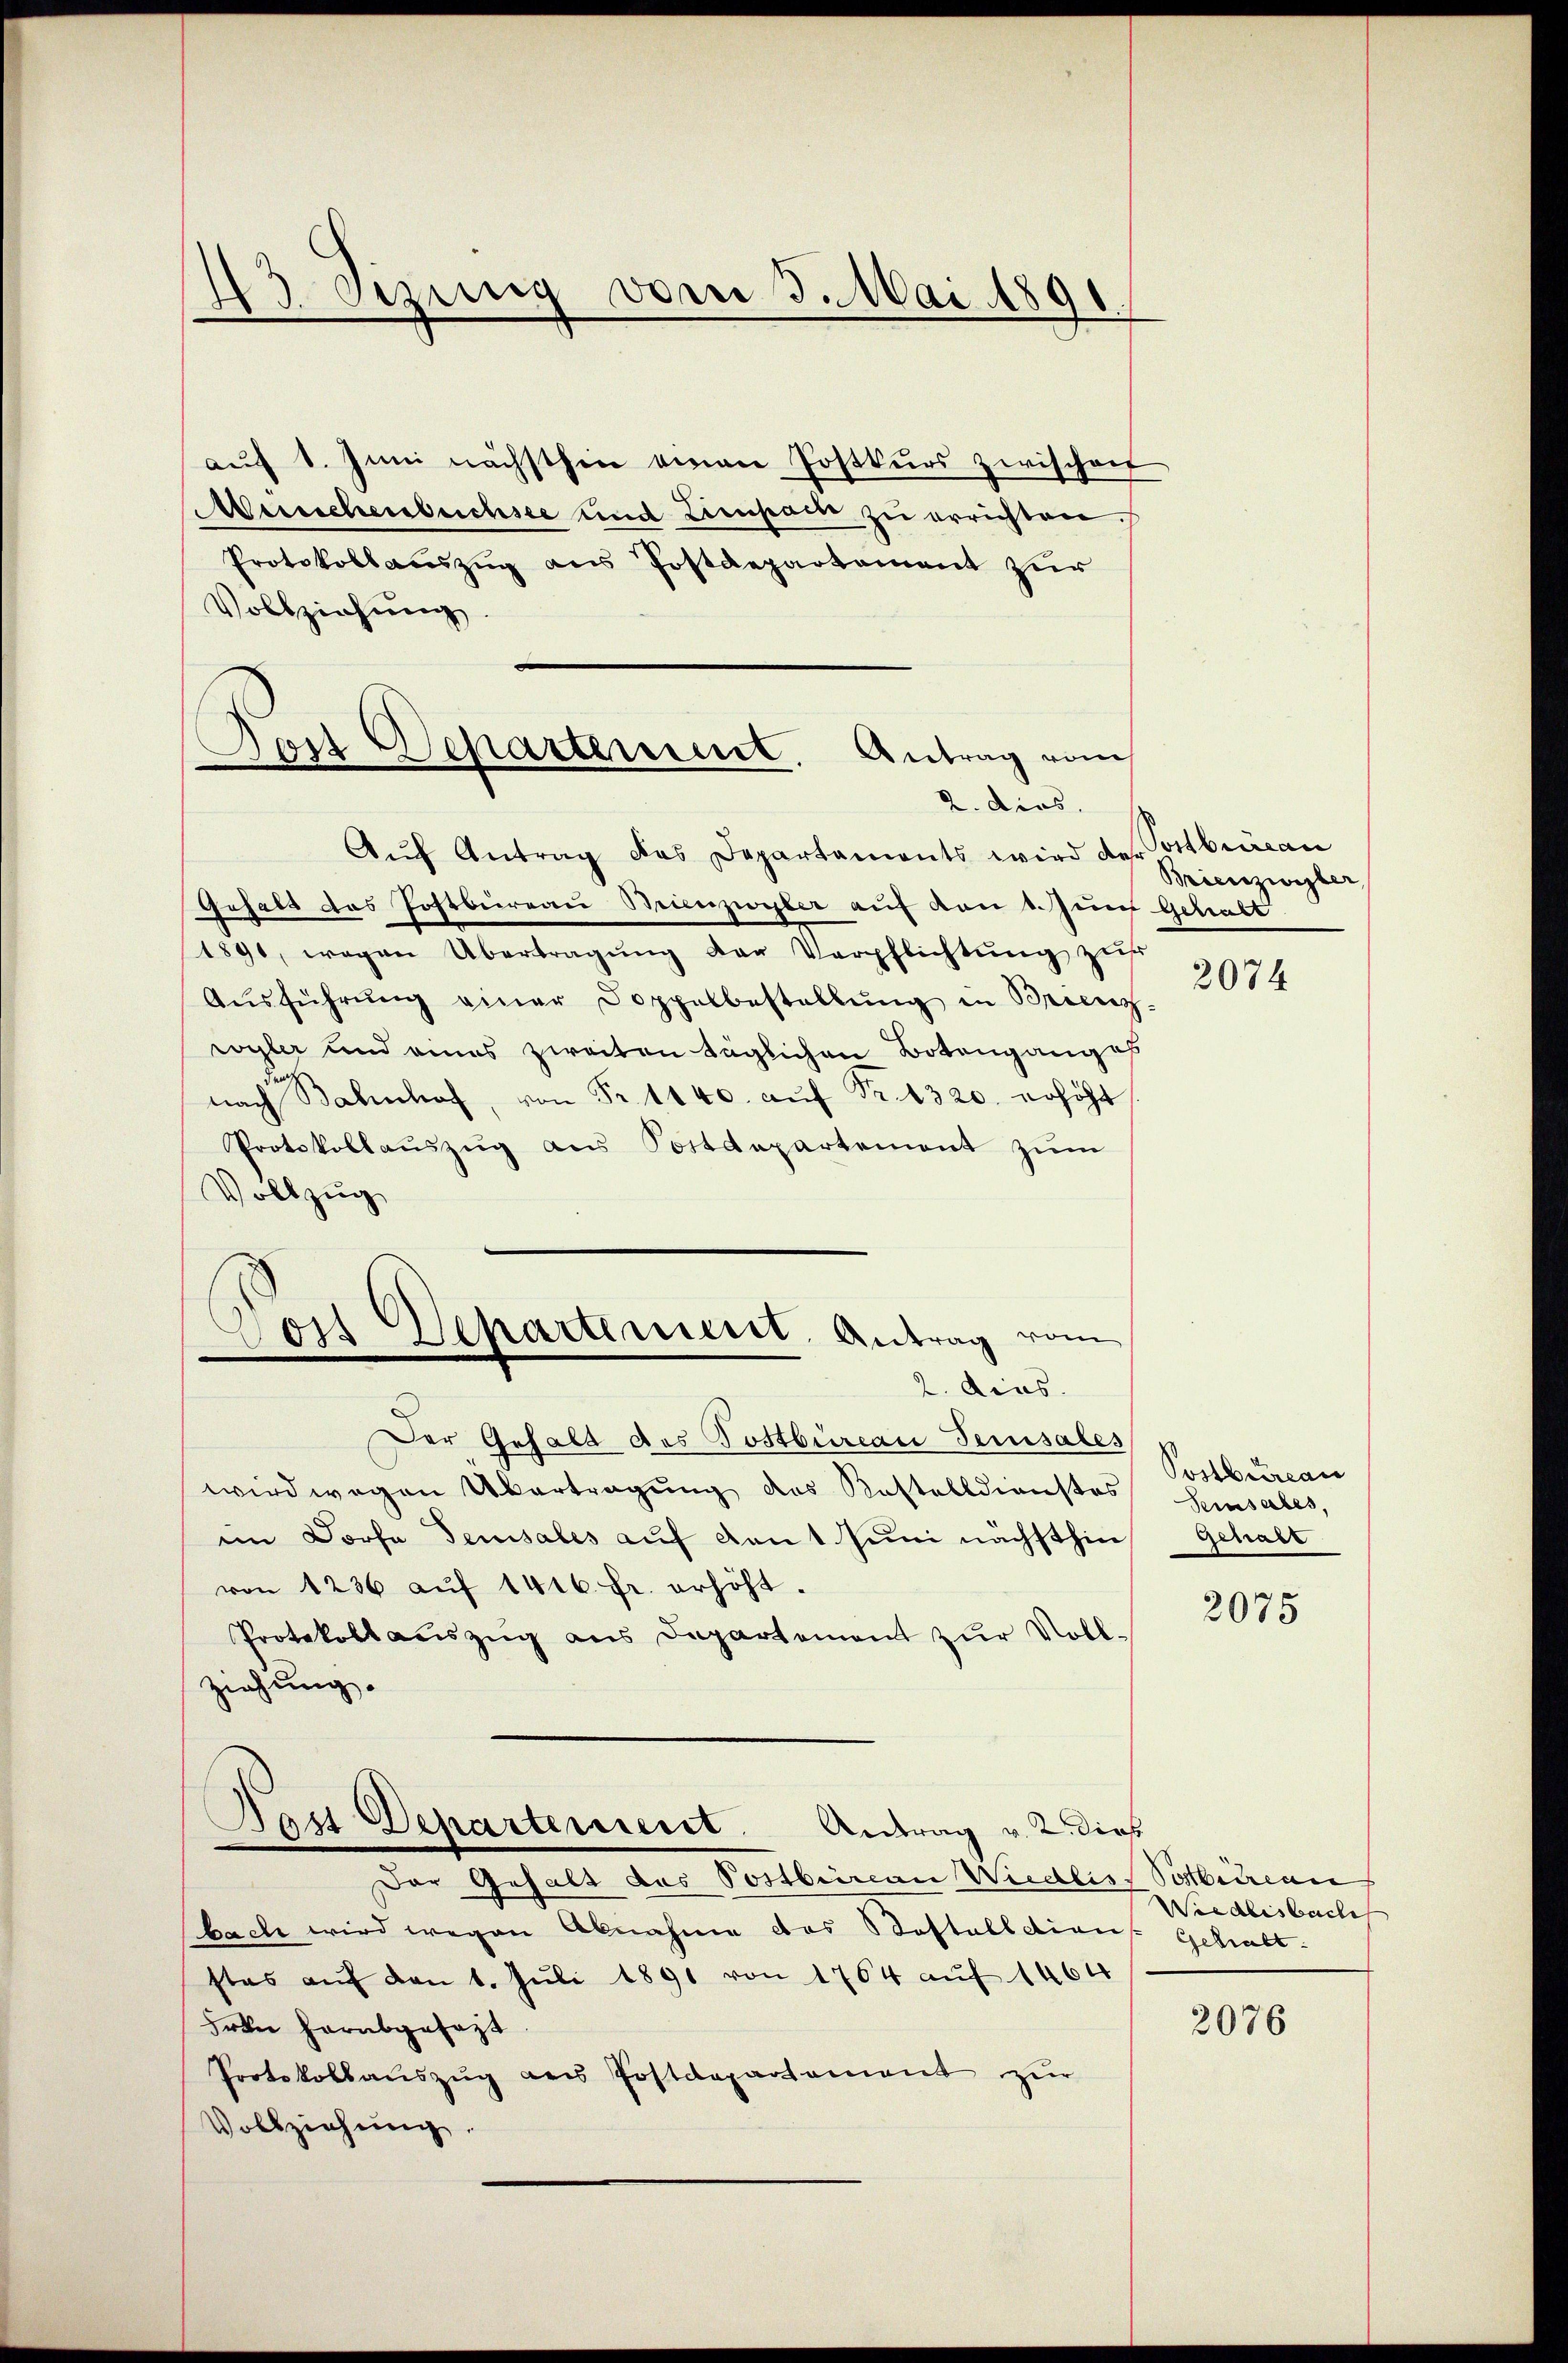
.
8
d Sitzung vom 3. Mai 1891

auf 1. Juni nächsthin einen Postkurs zwischen
Merechenbuchsee und Lieupacte zu errichten.
Protokollauszug aus Postdepartement zur
Vollziehung.

Dort Departement. Antrag von
d
dies

Aŭf Antrag das Departaments wird der Postbrican
Gusals das Postbureau Binzierter auf den 1. Juni gehabt
1891, wegen Übertragŭng der Verpflichtŭng zŭr
Aŭsführŭng einer Doppelbestellŭng in Brienz-
wyler und eines zweiten täglichen Botengangef
nach Bahnhof, von Fr. 1140. aŭf Fr. 1320. erhöht
Protokollaŭszŭg aŭs Postdepartement zŭm
Vollzug
2. dies.
Der Gehalt des Postbureau Jerusales
wird wegen Übertragung des Kostelldienstes
im Dorfe densales auf den Juni nächsthin
von 1236 aŭf 1416. fr. erhöht.
Protokoll aŭszŭg ans Departement zŭr Voll-
ziehung.
Pas Departement. Antrag v. 2. dies
Der Gehalt des Postbririan Wiedlis Sostbureau
bach wird wegen Abnahme des Kostalldiens. Gehalt
stes aŭf den 1. Juli 1891 von 1764 auf 1464
dren herabgesagt.
Protokollaŭszŭg des Postdepartement zŭr
Vollziehŭng.

Dos Departement, Antrag vom

Brienzinister

2074

Postbureau
Peinsales,
gehalt

2075

Wiedlisbache

2076